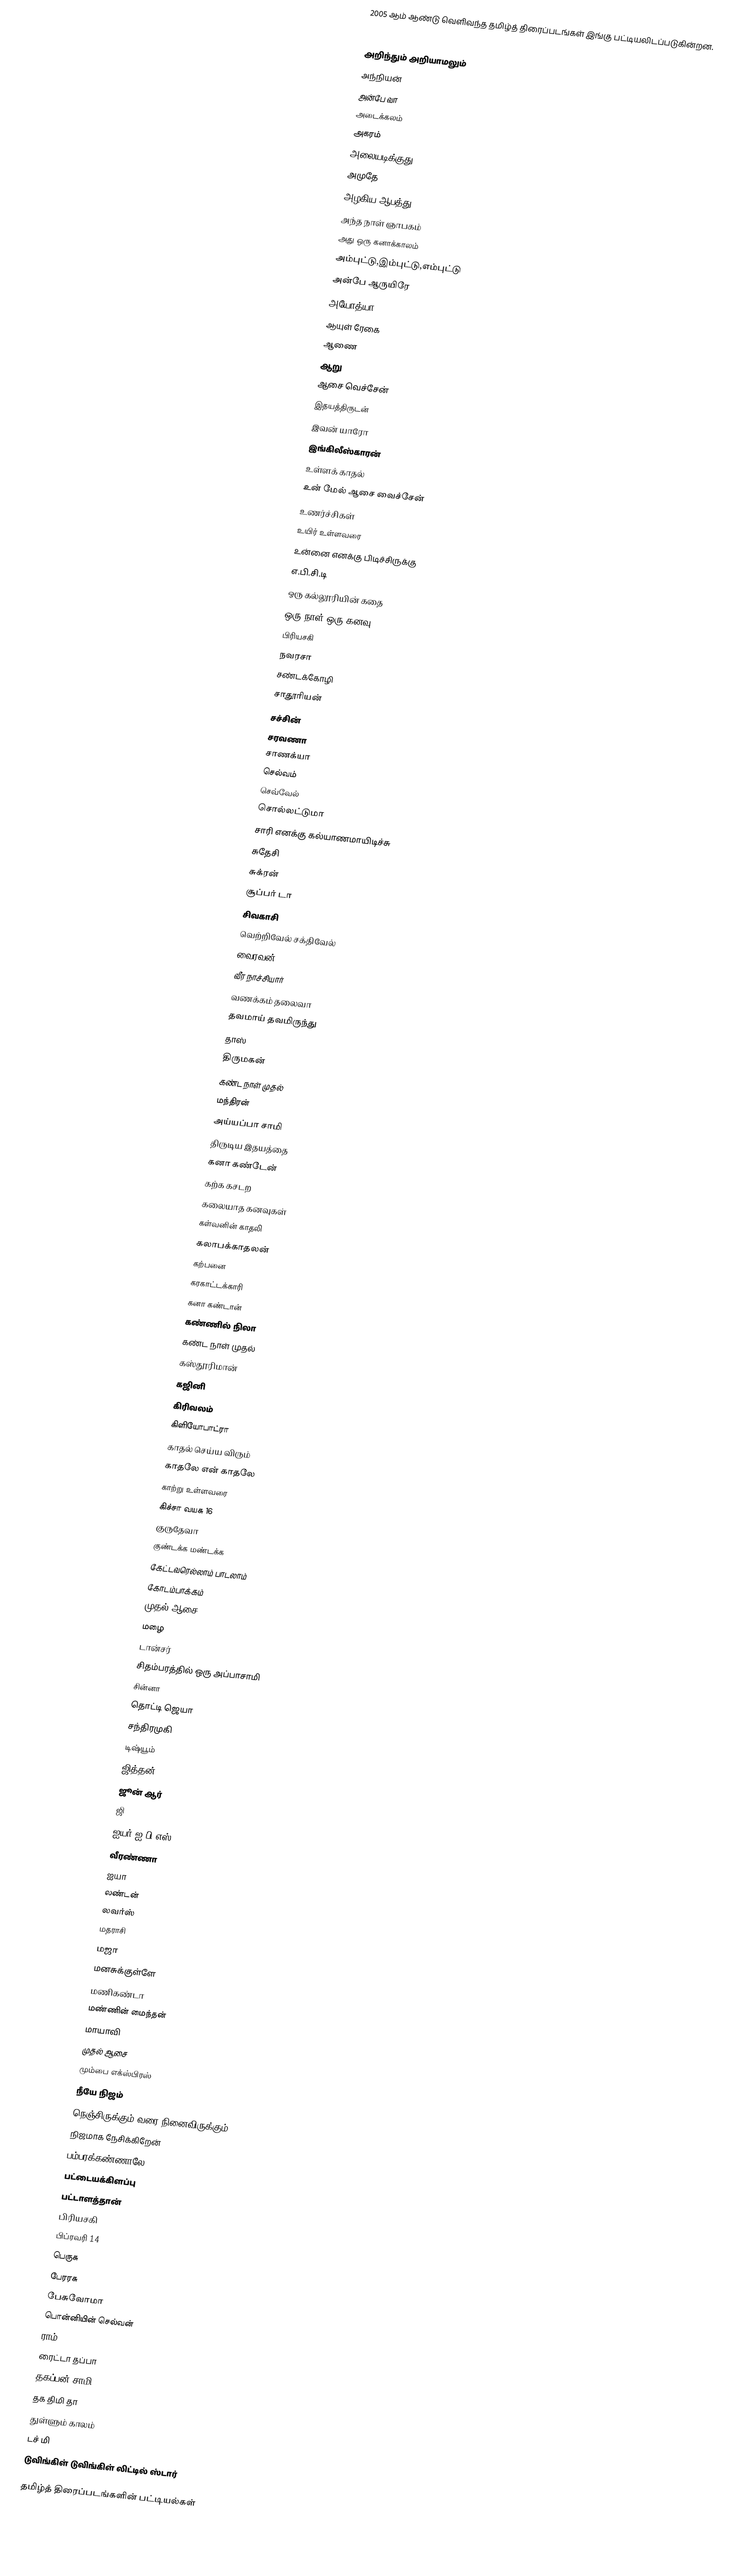
2005 ஆம் ஆண்டு வெளிவந்த தமிழ்த் திரைப்படங்கள் இங்கு பட்டியலிடப்படுகின்றன.

6'2
அறிந்தும் அறியாமலும்
அந்நியன்
அன்பே வா
அடைக்கலம்
அகரம்
அலையடிக்குது
அமுதே
அழகிய ஆபத்து
அந்த நாள் ஞாபகம்
அது ஒரு கனாக்காலம்
அம்புட்டு,இம்புட்டு,எம்புட்டு
அன்பே ஆருயிரே
அயோத்யா
ஆயுள் ரேகை
ஆணை
ஆறு
ஆசை வெச்சேன்
இதயத்திருடன்
இவன் யாரோ
இங்கிலீஸ்காரன்
உள்ளக் காதல்
உன் மேல் ஆசை வைச்சேன்
உணர்ச்சிகள்
உயிர் உள்ளவரை
உன்னை எனக்கு பிடிச்சிருக்கு
எ.பி.சி.டி
ஒரு கல்லூரியின் கதை
ஒரு நாள் ஒரு கனவு
பிரியசகி
நவரசா
சண்டக்கோழி
சாதூரியன்
சச்சின்
சரவணா
சாணக்யா
செல்வம்
செவ்வேல்
சொல்லட்டுமா
சாரி எனக்கு கல்யாணமாயிடிச்சு
சுதேசி
சுக்ரன்
சூப்பர் டா
சிவகாசி
வெற்றிவேல் சக்திவேல்
வைரவன்
வீர நாச்சியார்
வணக்கம் தலைவா
தவமாய் தவமிருந்து
தாஸ்
திருமகன்
கண்ட நாள் முதல்
மந்திரன்
அய்யப்பா சாமி
திருடிய இதயத்தை
கனா கண்டேன்
கற்க கசடற
கலையாத கனவுகள்
கள்வனின் காதலி
கலாபக்காதலன்
கற்பனை
கரகாட்டக்காரி
கனா கண்டான்
கண்ணில் நிலா
கண்ட நாள் முதல்
கஸ்தூரிமான்
கஜினி
கிரிவலம்
கிளியோபாட்ரா
காதல் செய்ய விரும்
காதலே என் காதலே
காற்று உள்ளவரை
கிச்சா வயசு 16
குருதேவா
குண்டக்க மண்டக்க
கேட்டவரெல்லாம் பாடலாம்
கோடம்பாக்கம்
முதல் ஆசை
மழை
டான்சர்
சிதம்பரத்தில் ஒரு அப்பாசாமி
சின்னா
தொட்டி ஜெயா
சந்திரமுகி
டிஷ்யூம்
ஜித்தன்
ஜூன் ஆர்
ஜி
ஐயர் ஐ.பி.எஸ்
வீரண்ணா
ஐயா
லண்டன்
லவர்ஸ்
மதராசி
மஜா
மனசுக்குள்ளே
மணிகண்டா
மண்ணின் மைந்தன்
மாயாவி
முதல் ஆசை
மும்பை எக்ஸ்பிரஸ்
நீயே நிஜம்
நெஞ்சிருக்கும் வரை நினைவிருக்கும்
நிஜமாக நேசிக்கிறேன்
பம்பரக்கண்ணாலே
பட்டையக்கிளப்பு
பட்டாளத்தான்
பிரியசகி
பிப்ரவரி 14
பெருசு
பேரரசு
பேசுவோமா
பொன்னியின் செல்வன்
ராம்
ரைட்டா தப்பா
தகப்பன் சாமி
தக திமி தா
துள்ளும் காலம்
டச் மி
டுவிங்கிள் டுவிங்கிள் லிட்டில் ஸ்டார்

தமிழ்த் திரைப்படங்களின் பட்டியல்கள்